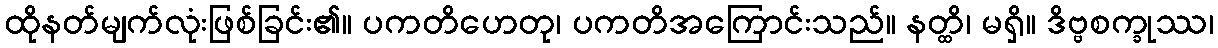
ထိုနတ်မျက်လုံးဖြစ်ခြင်း၏။ ပကတိဟေတု၊ ပကတိအကြောင်းသည်။ နတ္ထိ၊ မရှိ။ ဒိဗ္ဗစက္ခုဿ၊